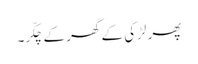
پھر لڑکی کے گھر کے چکّر۔